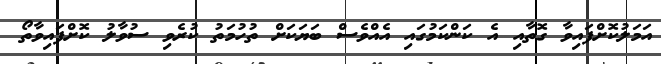
އަމަލުކޮށްފައިވާ ގޮތާއި އެ ކަންކަމުގައި އެއްވެސް ބަޔަކަށް ތުހުމަތު ކުރެވި ސުވާލު ކޮށްފައިވާތޯ